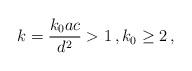
LaTeX: \begin{align*} k = \frac{k_0ac}{d^2}>1\,, k_0 \geq 2\,, \end{align*}